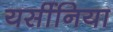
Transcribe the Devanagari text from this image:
यर्सीनिया